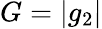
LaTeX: G=|g_{2}|